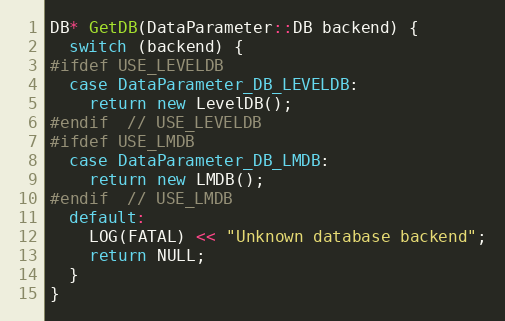
Language: C++
DB* GetDB(DataParameter::DB backend) {
  switch (backend) {
#ifdef USE_LEVELDB
  case DataParameter_DB_LEVELDB:
    return new LevelDB();
#endif  // USE_LEVELDB
#ifdef USE_LMDB
  case DataParameter_DB_LMDB:
    return new LMDB();
#endif  // USE_LMDB
  default:
    LOG(FATAL) << "Unknown database backend";
    return NULL;
  }
}